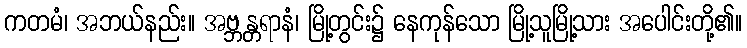
ကတမံ၊ အဘယ်နည်း။ အဗ္ဘန္တရာနံ၊ မြို့တွင်း၌ နေကုန်သော မြို့သူမြို့သား အပေါင်းတို့၏။